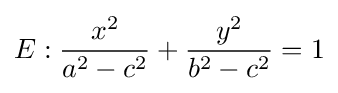
E:{\frac {x^{2}}{a^{2}-c^{2}}}+{\frac {y^{2}}{b^{2}-c^{2}}}=1